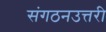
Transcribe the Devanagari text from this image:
संगठनउत्तरी